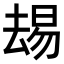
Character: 𫨭